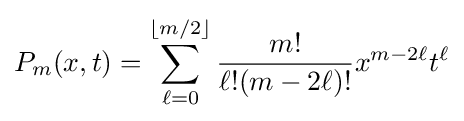
P_{m}(x,t)=\sum _{\ell =0}^{\lfloor m/2\rfloor }{\frac {m!}{\ell !(m-2\ell )!}}x^{m-2\ell }t^{\ell }